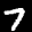
Label: 7